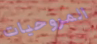
المروحيات